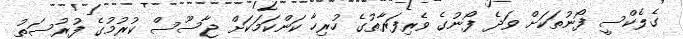
ގެލެކްސީ ފޯނުތަކަށް ވަދެ ފޯނުގެ ވެރިފަރާތުގެ ހުރިހާ ކަންކަމަކަށް ޖާސޫސް ކުރުމުގެ ފުރުސަތު